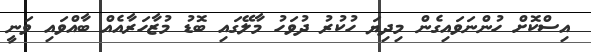
އިސްކޮށް ހުންނަވައިގެން މިދިޔަ ހުކުރު ދުވަހު މާލޭގައި ބޮޑު މުޒާހަރާއެއް ބާއްވައި ވަނީ